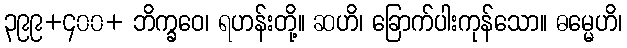
၃၉၉+၄၀၀+ ဘိက္ခဝေ၊ ရဟန်းတို့။ ဆဟိ၊ ခြောက်ပါးကုန်သော။ ဓမ္မေဟိ၊